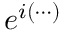
e ^ { i ( \cdots ) }